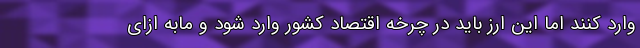
وارد کنند اما این ارز باید در چرخه اقتصاد کشور وارد شود و مابه ازای